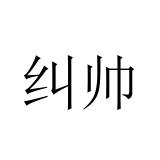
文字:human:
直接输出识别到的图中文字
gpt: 纠帅